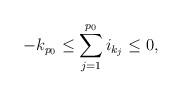
LaTeX: \begin{align*} -k_{p_0}\leq \sum_{j=1}^{p_0}i_{k_j}\leq 0, \end{align*}